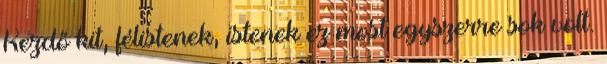
Kezdő kit, félistenek, istenek ez most egyszerre sok volt.